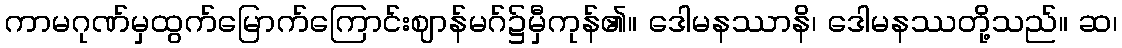
ကာမဂုဏ်မှထွက်မြောက်ကြောင်းဈာန်မဂ်၌မှီကုန်၏။ ဒေါမနဿာနိ၊ ဒေါမနဿတို့သည်။ ဆ၊